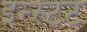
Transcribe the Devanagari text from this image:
इन्स्टट